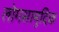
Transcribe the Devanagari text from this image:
लोगसामुदिक